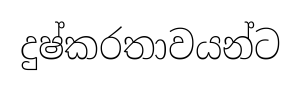
දුෂ්කරතාවයන්ට